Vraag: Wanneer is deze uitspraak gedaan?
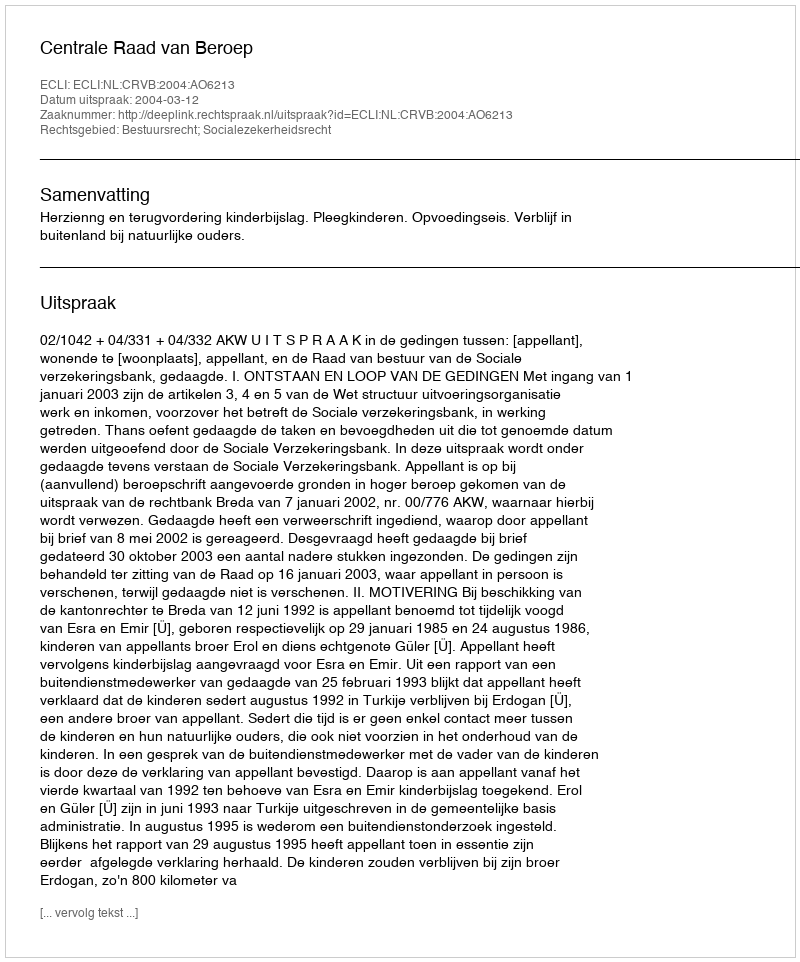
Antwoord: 2004-03-12